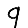
Digit: 9